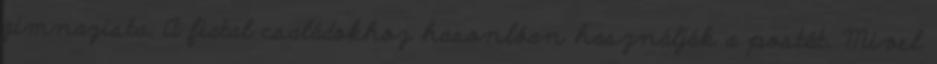
gimnazista. A fiatal családokhoz hasonlóan használják a postát. Mivel